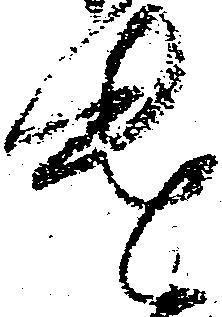
遣